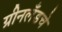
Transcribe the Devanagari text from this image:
ग्रीनलँडचे